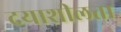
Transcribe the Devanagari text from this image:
दयाशीलता